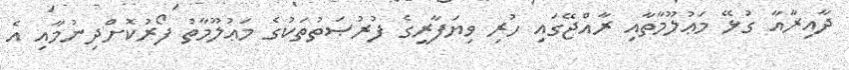
ދާއިރާއާ ގުޅޭ މަޢުލޫމާތާއި ރާއްޖޭގައި ހުރި ވިޔަފާރީގެ ފުރުޞަތުތަކުގެ މަޢުލޫމާތު ފޯރުކޮށްދިނުމާއި އެ